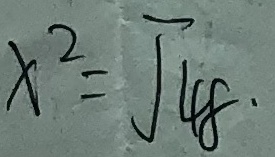
x ^ { 2 } = \sqrt { 4 8 }